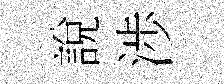
說渉